Document type: Sale
Year: 1305
Scribe: Bernat de Vilarúbia
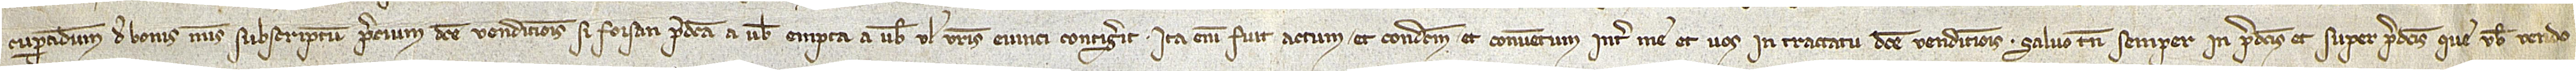
cuperandum de bonis meis subscriptum precium dicte venditionis si forsan predicta a vobis empta a vobis vel vestris evinci contigerit. Ita enim fuit actum et condictum et conventum inter me et vos in tractatu dicte venditionis. Salvo tamen semper in predictis et super predictis que vobis vendo